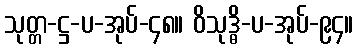
သုတ္တ-ဋ္ဌ-ပ-အုပ်-၄၈။ ဝိသုဒ္ဓိ-ပ-အုပ်-၉၄။